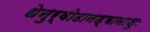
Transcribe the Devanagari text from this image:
धेनुर्वोढानड्वानाशुः